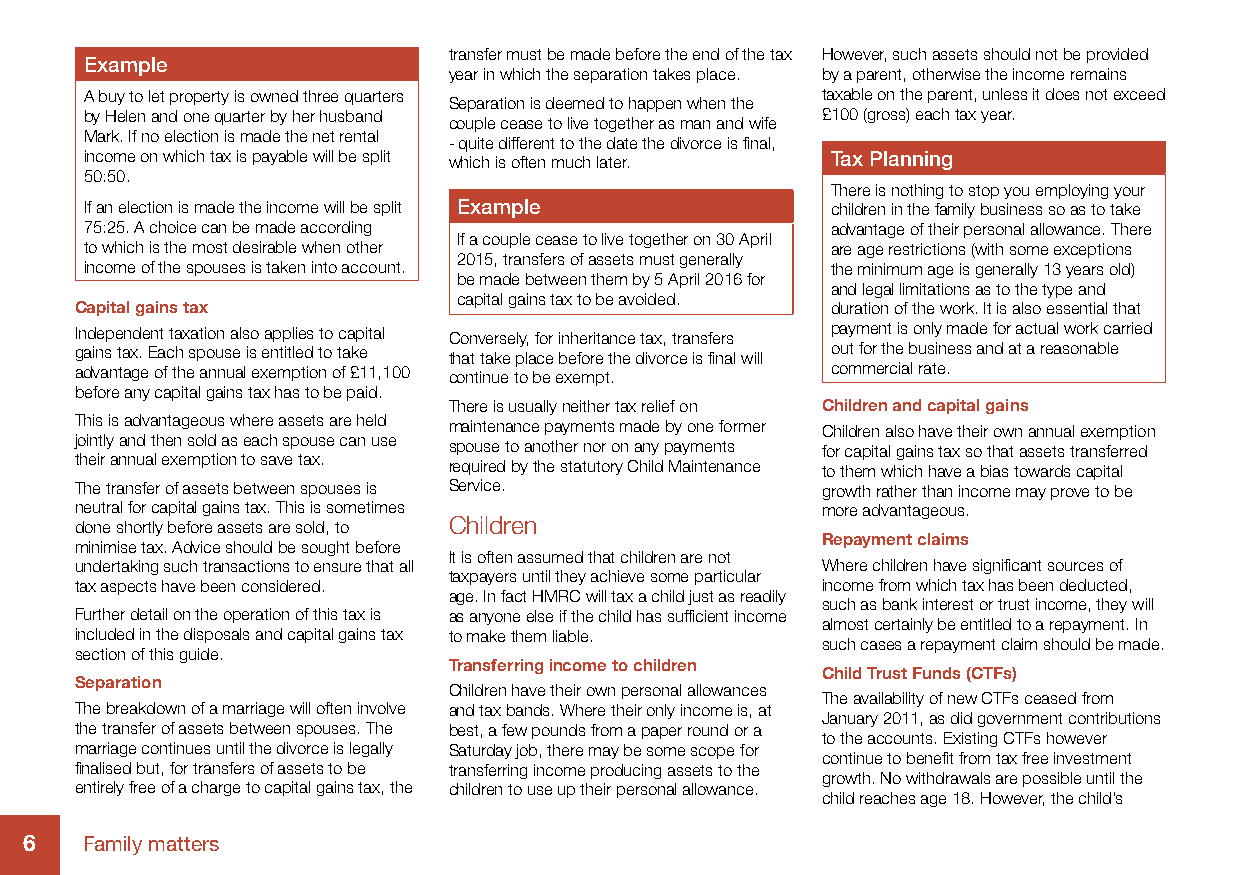
transfer must be made before the end of the tax However, such assets should not be provided
 Example
 year in which the separation takes place. by a parent, otherwise the income remains
 A buy to let property is owned three quarters   taxable on the parent, unless it does not exceed
 Separation is deemed to happen when the
 by Helen and one quarter by her husband         £100 (gross) each tax year.
 couple cease to live together as man and wife
 Mark. If no election is made the net rental
 - quite different to the date the divorce is final,
 income on which tax is payable will be split which is often much later. Tax Planning
 50:50.
 There is nothing to stop you employing your
 If an election is made the income will be split Example children in the family business so as to take
 75:25. A choice can be made according            advantage of their personal allowance. There
 If a couple cease to live together on 30 April
 to which is the most desirable when other        are age restrictions (with some exceptions
 2015, transfers of assets must generally
 income of the spouses is taken into account.     the minimum age is generally 13 years old)
 be made between them by 5 April 2016 for
 and legal limitations as to the type and
 capital gains tax to be avoided.
 Capital gains tax                                 duration of the work. It is also essential that
 Independent taxation also applies to capital Conversely, for inheritance tax, transfers payment is only made for actual work carried
 gains tax. Each spouse is entitled to take that take place before the divorce is final will out for the business and at a reasonable
 advantage of the annual exemption of £11,100 continue to be exempt. commercial rate.
 before any capital gains tax has to be paid.
 There is usually neither tax relief on Children and capital gains
 This is advantageous where assets are held maintenance payments made by one former Children also have their own annual exemption
 jointly and then sold as each spouse can use spouse to another nor on any payments for capital gains tax so that assets transferred
 their annual exemption to save tax. required by the statutory Child Maintenance to them which have a bias towards capital
 The transfer of assets between spouses is Service. growth rather than income may prove to be
 neutral for capital gains tax. This is sometimes more advantageous.
 done shortly before assets are sold, to Children
 Repayment claims
 minimise tax. Advice should be sought before
 It is often assumed that children are not
 undertaking such transactions to ensure that all Where children have significant sources of
 taxpayers until they achieve some particular
 tax aspects have been considered.                income from which tax has been deducted,
 age. In fact HMRC will tax a child just as readily
 such as bank interest or trust income, they will
 Further detail on the operation of this tax is as anyone else if the child has sufficient income
 almost certainly be entitled to a repayment. In
 included in the disposals and capital gains tax to make them liable.
 such cases a repayment claim should be made.
 section of this guide.
 Transferring income to children
 Child Trust Funds (CTFs)
 Separation
 Children have their own personal allowances
 The availability of new CTFs ceased from
 The breakdown of a marriage will often involve and tax bands. Where their only income is, at
 January 2011, as did government contributions
 the transfer of assets between spouses. The best, a few pounds from a paper round or a
 to the accounts. Existing CTFs however
 marriage continues until the divorce is legally Saturday job, there may be some scope for
 continue to benefit from tax free investment
 finalised but, for transfers of assets to be transferring income producing assets to the
 growth. No withdrawals are possible until the
 entirely free of a charge to capital gains tax, the children to use up their personal allowance.
 child reaches age 18. However, the child’s
 6  Family matters